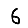
Digit: 6